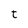
Character: t